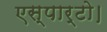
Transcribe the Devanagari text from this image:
एस्पार्टो।